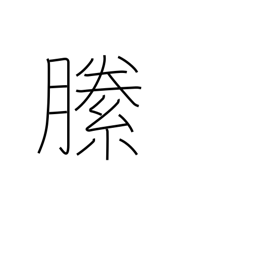
Meaning: darn